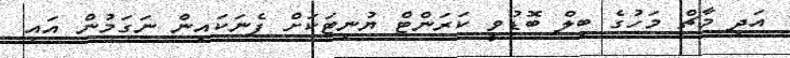
އަދި މާޗް މަހުގެ ބިލް ބޮޑުވީ ކަރަންޓް ޔުނިޓަކަށް ފެނަކައިން ނަގަމުން އައި